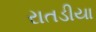
રાતડીયા